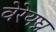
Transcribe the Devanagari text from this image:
वेरेयघ्न